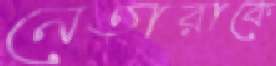
নেতারাকে